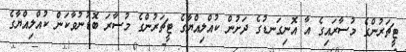
ޓީޗަރުންގެ މުސާރައިގެ އާ އޮނިގަނޑުގެ ދަށުން ކުއްލިއްޔާގެ ޓީޗަރުންގެ މުސާރަ ބޮޑުނުވާކަން ކުއްލިއްޔާގެ